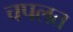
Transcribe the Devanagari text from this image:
चपलत